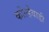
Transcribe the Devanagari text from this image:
कोल्हेवाडी